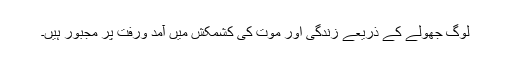
لوگ جھولے کے ذریعے زندگی اور موت کی کشمکش میں آمد ورفت پر مجبور ہیں۔